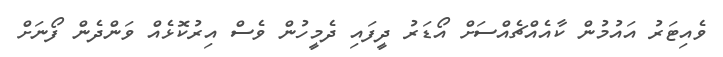
ވެއިޓަރު އައުމުން ކާއެއްޗެއްސަށް އޯޑަރު ދީފައި ދެމީހުން ވެސް އިރުކޮޅެއް ވަންދެން ފޯނަށް